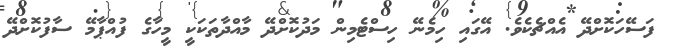
ފަސޭހަކޮށްދޭ އެއްޗެކެވެ. އޭގައި ހިމެނޭ ހިސްޓެމިން މަދުކޮށްދޭ މާއްދާތަކަކީ މީހާގެ ފުއްޕާމޭ ސާފުކޮށްދޭ